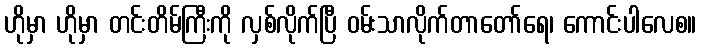
ဟိုမှာ ဟိုမှာ တင်းတိမ်ကြီးကို လှစ်လိုက်ပြီ ဝမ်းသာလိုက်တာတော်ရေ၊ ကောင်းပါလေစ။